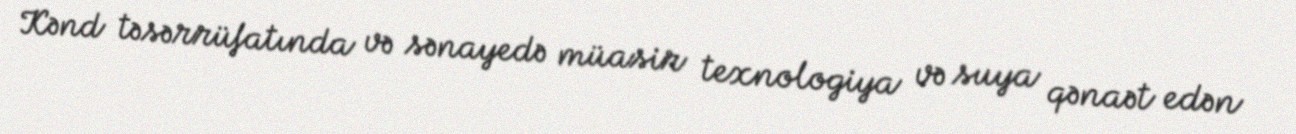
Kənd təsərrüfatında və sənayedə müasir texnologiya və suya qənaət edən